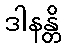
ဒါနန္တိ